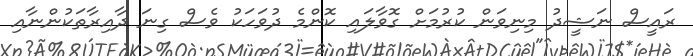
ރައީސް ނަޝީދު މިނިވަން ކުރުމަށް ގޮވާލައި ކޮންމެ ދުވަހަކު ވެސް ގިނަ ދާއިރާތަކުންނާއި